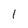
Character: l